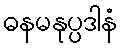
ဓနမနုပ္ပဒါနံ